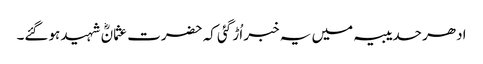
ادھر حدیبیہ میں یہ خبر اُڑ گئی کہ حضرت عثمانؓ شہید ہوگئے۔